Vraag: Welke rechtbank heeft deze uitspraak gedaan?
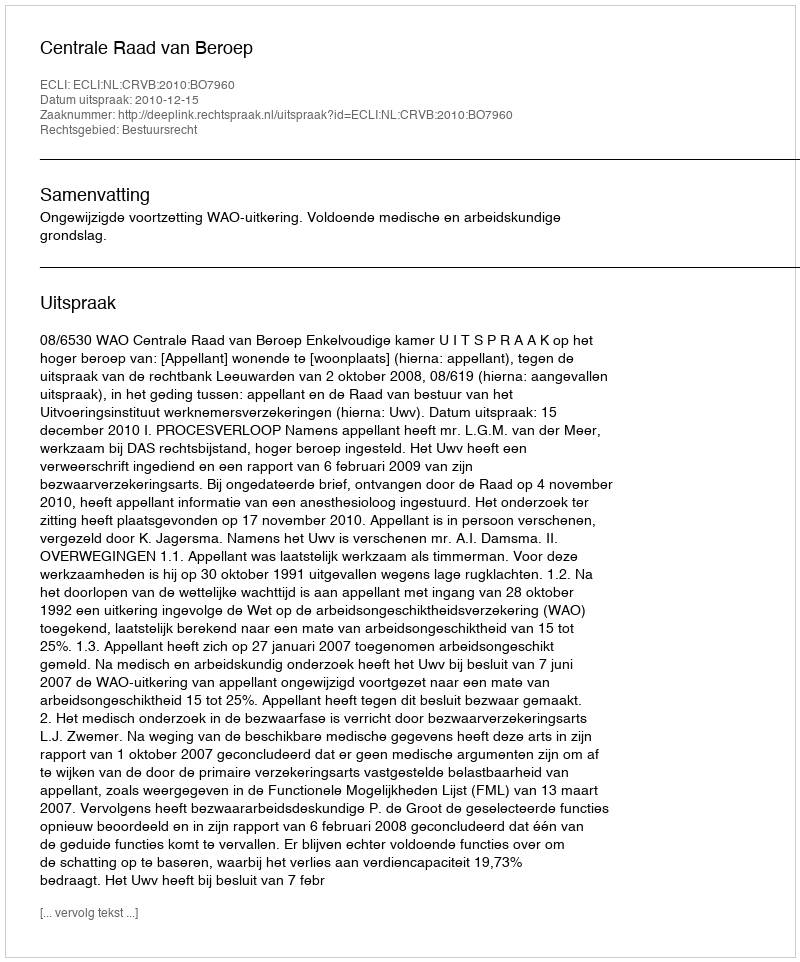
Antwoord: Centrale Raad van Beroep